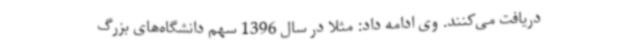
دریافت می‌کنند. وی ادامه داد: مثلاً در سال 1396 سهم دانشگاه‌های بزرگ